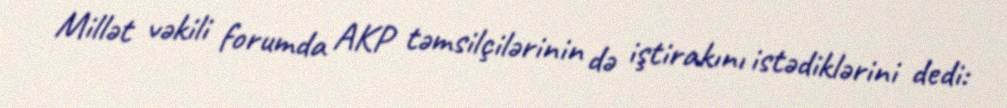
Millət vəkili forumda AKP təmsilçilərinin də iştirakını istədiklərini dedi: